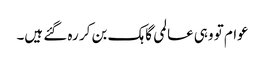
عوام تو وہی عالمی گاہک بن کر رہ گئے ہیں۔